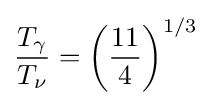
{\frac {T_{\gamma }}{T_{\nu }}}=\left({\frac {11}{4}}\right)^{1/3}